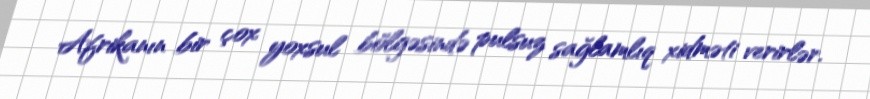
Afrikanın bir çox yoxsul bölgəsində pulsuz sağlamlıq xidməti verirlər.